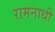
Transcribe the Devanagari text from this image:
रामनाथी